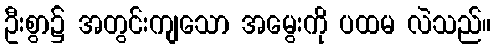
ဦးစွာ၌ အတွင်းကျသော အမွေးကို ပထမ လဲသည်။